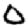
Digit: 0